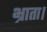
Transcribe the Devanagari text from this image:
भ्राता।